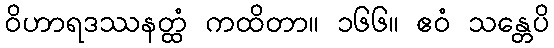
ဝိဟာရဒဿနတ္ထံ ကထိတာ။ ၁၆၆။ ဧဝံ သန္တေပိ